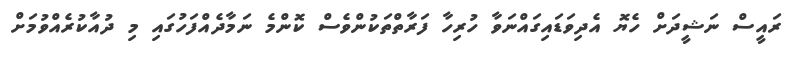
ރައީސް ނަޝީދަށް ހެޔޮ އެދިވަޑައިގައްނަވާ ހުރިހާ ފަރާތްތަކުންވެސް ކޮންމެ ނަމާދެއްފަހުގައި މި ދުއާކުރެއްވުމަށް